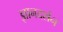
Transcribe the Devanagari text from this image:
ज्ञानदर्शन